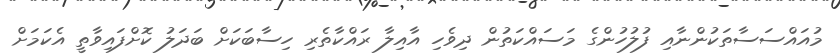
މުއައްސަސާތަކުންނާއި ފުލުހުންގެ މަސައްކަތުން ދިވެހި އާއިލާ ރައްކާތެރި ހިސާބަކަށް ބަދަލު ކޮށްފައިވާތީ އެކަމަށް